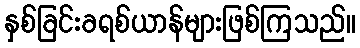
နှစ်ခြင်းခရစ်ယာန်များဖြစ်ကြသည်။